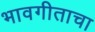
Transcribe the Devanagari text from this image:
भावगीताचा